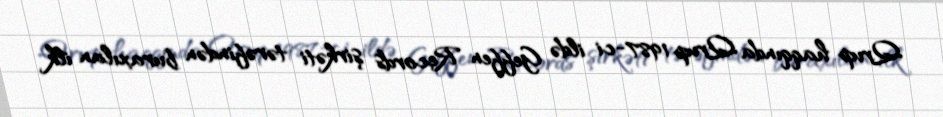
Qrup haqqında Qrup 1987-ci ildə Geffen Records şirkəti tərəfindən buraxılan ilk